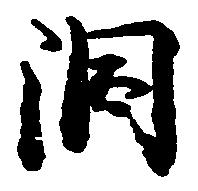
洞